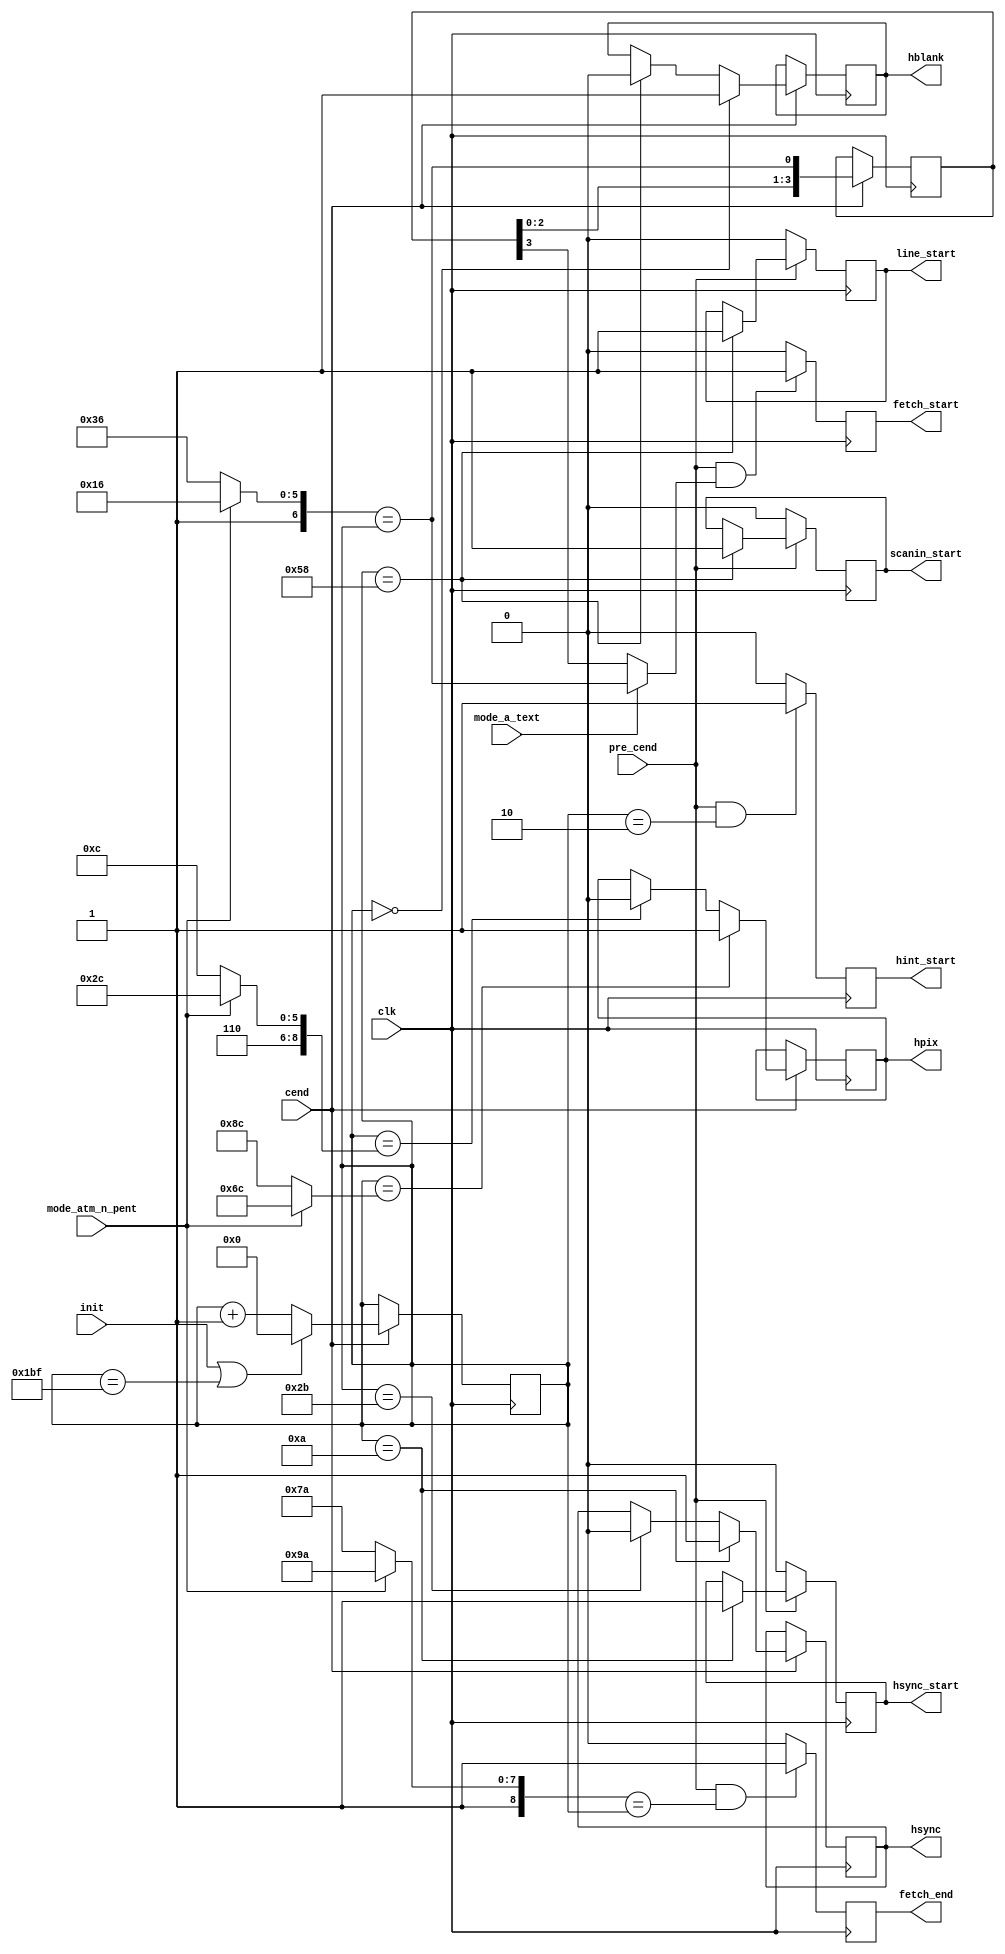
module video_sync_h(

	input  wire        clk,

	input  wire        init, // one-pulse strobe read at cend==1, initializes phase
	                         // this is mainly for phasing with CPU clock 3.5/7 MHz
	                         // still not used, but this may change anytime

	input  wire        cend,     // working strobes from DRAM controller (7MHz)
	input  wire        pre_cend,


	// modes inputs
	input  wire        mode_atm_n_pent,
	input  wire        mode_a_text,


	output reg         hblank,
	output reg         hsync,

	output reg         line_start,  // 1 video cycle prior to actual start of visible line
	output reg         hsync_start, // 1 cycle prior to beginning of hsync: used in frame sync/blank generation
	                                // these signals coincide with cend

	output reg         hint_start, // horizontal position of INT start, for fine tuning

	output reg         scanin_start,

	output reg         hpix, // marks gate during which pixels are outting

	                                // these signals turn on and turn off 'go' signal
	output reg         fetch_start, // 18 cycles earlier than hpix, coincide with cend
	output reg         fetch_end    // --//--

);


	localparam HBLNK_BEG = 9'd00;
	localparam HSYNC_BEG = 9'd10;
	localparam HSYNC_END = 9'd43;
	localparam HBLNK_END = 9'd88;

	// pentagon (x256)
	localparam HPIX_BEG_PENT = 9'd140; // 52 cycles from line_start to pixels beginning
	localparam HPIX_END_PENT = 9'd396;

	// atm (x320)
	localparam HPIX_BEG_ATM = 9'd108; // 52 cycles from line_start to pixels beginning
	localparam HPIX_END_ATM = 9'd428;


	localparam FETCH_FOREGO = 9'd18; // consistent with older go_start in older fetch.v:
	                                 // actual data starts fetching 2 dram cycles after
					 // 'go' goes to 1, screen output starts another
					 // 16 cycles after 1st data bundle is fetched


	localparam SCANIN_BEG = 9'd88; // when scan-doubler starts pixel storing

	localparam HINT_BEG = 9'd2;


	localparam HPERIOD = 9'd448;


	reg [8:0] hcount;


	// for simulation only
	//
	initial
	begin
		hcount = 9'd0;
		hblank = 1'b0;
		hsync = 1'b0;
		line_start = 1'b0;
		hsync_start = 1'b0;
		hpix = 1'b0;
	end




	always @(posedge clk) if( cend )
	begin
            if( init || (hcount==(HPERIOD-9'd1)) )
            	hcount <= 9'd0;
            else
            	hcount <= hcount + 9'd1;
	end



	always @(posedge clk) if( cend )
	begin
		if( hcount==HBLNK_BEG )
			hblank <= 1'b1;
		else if( hcount==HBLNK_END )
			hblank <= 1'b0;


		if( hcount==HSYNC_BEG )
			hsync <= 1'b1;
		else if( hcount==HSYNC_END )
			hsync <= 1'b0;
	end


	always @(posedge clk)
	begin
		if( pre_cend )
		begin
			if( hcount==HSYNC_BEG )
				hsync_start <= 1'b1;

			if( hcount==HBLNK_END )
				line_start <= 1'b1;

			if( hcount==SCANIN_BEG )
				scanin_start <= 1'b1;

		end
		else
		begin
			hsync_start  <= 1'b0;
			line_start   <= 1'b0;
			scanin_start <= 1'b0;
		end
	end



	wire fetch_start_time, fetch_start_condition;
	wire fetch_end_condition;

	reg [3:0] fetch_start_wait;


	assign fetch_start_time = (mode_atm_n_pent                  ?
	                          (HPIX_BEG_ATM -FETCH_FOREGO-9'd4) :
	                          (HPIX_BEG_PENT-FETCH_FOREGO-9'd4) ) == hcount;

	always @(posedge clk) if( cend )
		fetch_start_wait[3:0] <= { fetch_start_wait[2:0], fetch_start_time };

	assign fetch_start_condition = mode_a_text ? fetch_start_time  : fetch_start_wait[3];

	always @(posedge clk)
	if( pre_cend && fetch_start_condition )
		fetch_start <= 1'b1;
	else
		fetch_start <= 1'b0;




	assign fetch_end_time = (mode_atm_n_pent             ?
	                        (HPIX_END_ATM -FETCH_FOREGO) :
	                        (HPIX_END_PENT-FETCH_FOREGO) ) == hcount;

	always @(posedge clk)
	if( pre_cend && fetch_end_time )
		fetch_end <= 1'b1;
	else
		fetch_end <= 1'b0;





	always @(posedge clk)
	begin
		if( pre_cend && (hcount==HINT_BEG) )
			hint_start <= 1'b1;
		else
			hint_start <= 1'b0;
	end


	always @(posedge clk) if( cend )
	begin
		if( hcount==(mode_atm_n_pent ? HPIX_BEG_ATM : HPIX_BEG_PENT) )
			hpix <= 1'b1;
		else if( hcount==(mode_atm_n_pent ? HPIX_END_ATM : HPIX_END_PENT) )
			hpix <= 1'b0;
	end





endmodule